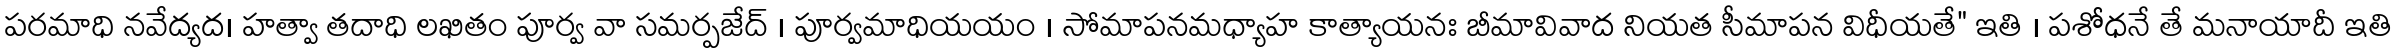
పరమాధి నవేద్యద। హత్వా తదాధి లఖితం పూర్వ వా సమర్పజేద్ । పూర్వమాధియయం । సోమాపనమధ్యాహ కాత్యాయనః బీమావివాద నియత సీమాపన విధీయతే" ఇతి । పశోధనే తే మనాయాదీ ఇతి